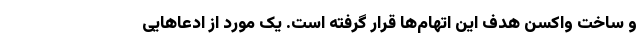
و ساخت واکسن هدف این اتهام‌ها قرار گرفته است. یک مورد از ادعا‌هایی